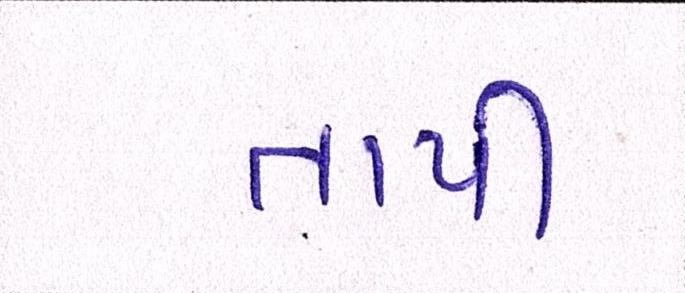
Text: તાપી